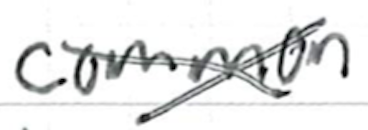
Text: common
Cross-out: cross
Writing tool: ballpoint